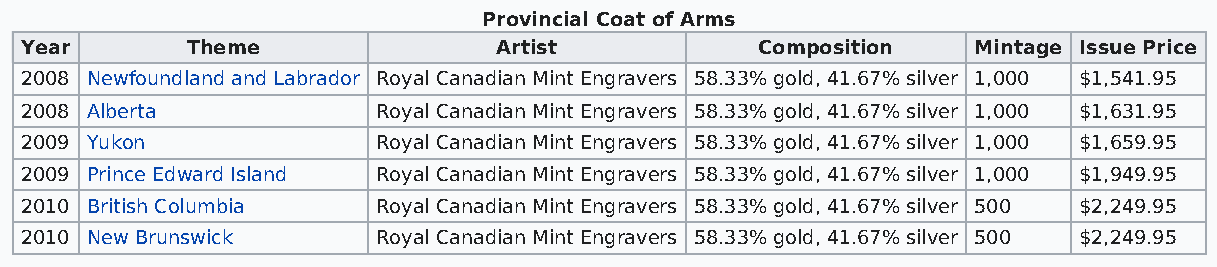
Provincial Coat of Arms
 Year       Theme                Artist           Composition   Mintage Issue Price
 2008 Newfoundland and Labrador Royal Canadian Mint Engravers 58.33% gold, 41.67% silver 1,000 $1,541.95
 2008 Alberta            Royal Canadian Mint Engravers 58.33% gold, 41.67% silver 1,000 $1,631.95
 2009 Yukon              Royal Canadian Mint Engravers 58.33% gold, 41.67% silver 1,000 $1,659.95
 2009 Prince Edward Island Royal Canadian Mint Engravers 58.33% gold, 41.67% silver 1,000 $1,949.95
 2010 British Columbia   Royal Canadian Mint Engravers 58.33% gold, 41.67% silver 500 $2,249.95
 2010 New Brunswick      Royal Canadian Mint Engravers 58.33% gold, 41.67% silver 500 $2,249.95